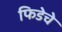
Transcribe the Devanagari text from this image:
फिडेचे